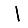
Digit: 1